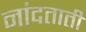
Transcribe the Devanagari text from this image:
नांदताती